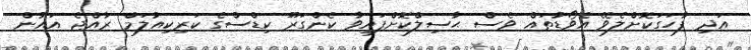
އަދި ފާހަގަކޮށްލެވޭ އެވޯޑުތައް ވެސް ޙާސިލްކޮށްފައިވާ ކެންގަރޫ ކިޑްސްގެ ކަރިކިއުލަމް ރާއްޖެ އައުން